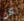
لكن